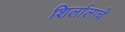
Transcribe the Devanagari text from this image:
शिर्लालाचे